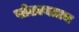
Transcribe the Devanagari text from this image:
सोडल्यातच